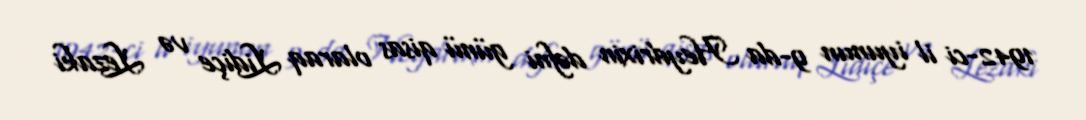
1942-ci il iyunun 9-da Heydrixin dəfni günü qisas olaraq Lidiçe və Lezaki